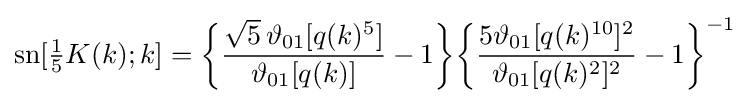
\operatorname {sn} [{\tfrac {1}{5}}K(k);k]={\biggl \{}{\frac {{\sqrt {5}}\,\vartheta _{01}[q(k)^{5}]}{\vartheta _{01}[q(k)]}}-1{\biggr \}}{\biggl \{}{\frac {5\vartheta _{01}[q(k)^{10}]^{2}}{\vartheta _{01}[q(k)^{2}]^{2}}}-1{\biggr \}}^{-1}